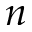
n